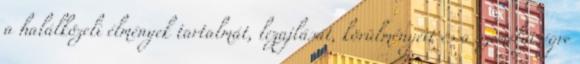
a halálközeli élmények tartalmát, lezajlását, körülményeit és a személyiségre